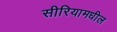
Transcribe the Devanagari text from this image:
सीरियामधील